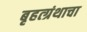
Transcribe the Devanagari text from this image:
बृहत्ग्रंथाचा